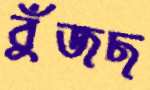
বুঁজছ